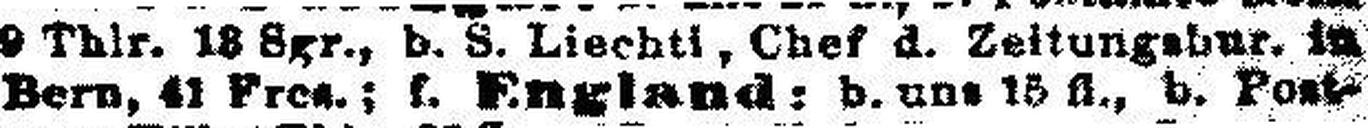
Born, 41 Fres.; f. England: b. uns 15 fl., b. Post¬